Indian journal of veterinary science and animal husbandry - Volume 3,
Year: 1933
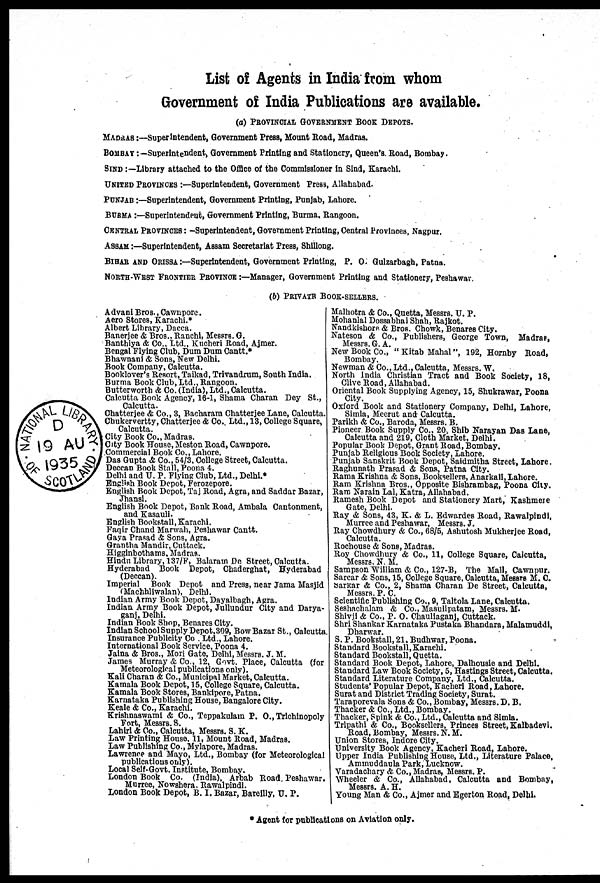
List of Agents in India from whom
Government of India Publications are available.
(a) PROVINCIAL GOVERNMENT BOOK DEPOTS.
MADRAS :—Superintendent, Government Press, Mount Road, Madras.
BOMBAY :—Superintendent, Government Printing and Stationery, Queen's. Road, Bombay.
SIND :—Library attached to the Office of the Commissioner In Sind, Karachi.
UNITED PROVINCES :—Superintendent, Government Press, Allahabad.
PUNJAB :—Superintendent, Government Printing, Punjab, Lahore.
BURMA :—Superintendent, Government Printing, Burma. Rangoon.
CENTRAL PROVINCES : -Superintendent, Government Printing, Central Provinces, Nagpur.
ASSAM :—Superintendent, Assam Secretariat Press, Shillong.
BIHAR AND ORISSA :—Superintendent, Government Printing, P. O. Gulzarbagh, Patna.
NORTH-WEST FRONTIER PROVINCE :—Manager, Government Printing and Stationery, Peshawar.
(b) PRIVATE BOOK-SELLERS.
Advani Bros., Cawnpore.
Aero Stores, Karachi.*
Albert Library, Dacca.
Banerjee & Bros., Ranchi, Messrs. G.
Banthiya & Co., Ltd., Kucheri Road, Ajmer.
Bengal Flying Club, Dum Dum Cantt.*
Bhawnani & Sons, New Delhi.
Book Company, Calcutta.
Booklover's Resort, Taikad, Trivandrum, South India.
Burma Book Club, Ltd., Rangoon.
Butterworth & Co. (India), Ltd., Calcutta.
Calcutta Book Agency, 16-1, Shama Charan Dey St.,
Calcutta.
Chatterjee & Co., 3, Bacharam Chatterjee Lane, Calcutta.
Chukervertty, Chatterjee & Co.. Ltd., 13, College Square,
Calcutta.
City Book Co., Madras.
City Book House, Meston Road, Cawnpore.
Commercial Book Co., Lahore.
Das Gupta & Co., 54/3, College Street, Calcutta.
Deccan Book Stall, Poona 4.
Delhi and U. P. Flying Club, Ltd., Delhi.*
English Book Depot, Ferozepore.
English Book Depot, Taj Road, Agra, and Saddar Bazar,
Jhansi.
English Book Depot, Bank Road, Ambala Cantonment,
and Kasauli.
English Bookstall, Karachi.
Faqir Chand Marwah, Peshawar Cantt.
Gaya Prasad & Sons, Agra.
Grantha Mandir, Cuttack.
Higginbothams, Madras.
Hindu Library, 137/F, Balararn Do Street, Calcutta.
Hyderabad Book Depot, Chaderghat, Hyderabad
(Deccan).
Imperial Book Depot and Press, near Jama Masjid
(Machhliwalan), Delhi.
Indian Army Book Depot, Dayalbagh, Agra.
Indian Army Book Depot, Jullundur City and Darya¬
ganj, Delhi.
Indian Book Shop, Benares City.
Indian School Supply Depot,309, Bow Bazar St., Calcutta.
Insurance Publicity Co . Ltd., Lahore.
International Book Service, Poona 4.
Jaina & Bros., Mori Gate, Delhi, Messrs. J. M.
James Murray & Co., 12, Govt. Place, Calcutta (for
Meteorological publications only).
Kali Charan & Co., Municipal Market, Calcutta.
Kamala Book Depot, 15, College Square, Calcutta.
Kamala Book Stores, Bankipore, Patna.
Karnataka Publishing House, Bangalore City.
Keale & Co., Karachi.
Krishnaswami & Co., Teppakulam P. O., Trichinopoly
Fort, Messrs. S.
Lahiri & Co., Calcutta, Messrs. S. K.
Law Printing House, 11, Mount Road, Madras.
Law Publishing Co., Mylapore, Madras.
Lawrence and Mayo, Ltd., Bombay (for Meteorological
publications only).
Local Self-Govt. Institute, Bombay.
London Book Co. (India), Arbab Road, Peshawar,
Murree, Nowshera, Rawalpindi.
London Book Depot, B. I. Bazar, Bareilly, U. P.
Malhotra & Co., Quetta, Messrs. U. P.
Mohanlal Dossabhai Shah, Rajkot.
Nandkishore & Bros. Chowk, Benares City.
Nateson & Co., Publishers, George Town, Madras,
Messrs. G. A.
New Book Co., " Kitab Mahal", 192, Hornby Road,
Bombay.
Newman & Co., Ltd., Calcutta, Messrs. W.
North India Christian Tract and Book Society, 18,
Clive Road, Allahabad.
Oriental Book Supplying Agency, 15, Shukrawar, Poona
City.
Oxford Book and Stationery Company, Delhi, Lahore,
Simla, Meerut and Calcutta.
Parikh & Co., Baroda, Messrs. B.
Pioneer Book Supply Co., 20, Shib Narayan Das Lane,
Calcutta and 219, Cloth Market, Delhi.
Popular Book Depot, Grant Road, Bombay.
Punjab Religious Book Society, Lahore.
Punjab Sanskrit Book Depot, Saidmitha Street, Lahore.
Raghunath Prasad & Sons, Patna City.
Rama Krishna & Sons, Booksellers, Anarkali, Lahore.
Ram Krishna Bros., Opposite Bisbrambag, Poona City.
Ram Narain Lal, Katra, Allahabad.
Ramesh Book Depot and Stationery Mart, Kashmere
Gate, Delhi.
Ray & Sons, 43, K. & L. Edwardes Road, Rawalpindi,
Murree and Peshawar, Messrs. J.
Ray Chowdhury & Co., 68/5, Ashutosh Mukherjee Road,
Calcutta.
Rochouse & Sons, Madras.
Roy Chowdhury & Co., 11, College Square, Calcutta,
Messrs. N. M.
Sampson William & Co., 127-B, The Mall, Cawnpur.
Sarcar & Sons, 15, College Square, Calcutta, Messrs M. O.
sarkar & Co., 2, Shama Charan De Street, Calcutta,
Scientific Publishing Co., 9, Taltola Lane, Calcutta.
Seshachalam & Co., Masulipatam, Messrs. M.
Shivji & Co., P. O. Chauliaganj, Cuttack.
Shri Shankar Karnataka Pustaka Bhandara, Malamuddi,
Dharwar.
S. P. Bookstall, 21, Budhwar, Poona.
Standard Bookstall,Karachi.
Standard Bookstall, Quetta.
Standard Book Depot, Lahore, Dalhousie and Delhi.
Standard Law Book Society, 5, Hastings Street, Calcutta.
Standard Literature Company, Ltd., Calcutta.
Students' Popular Depot, Kacheri Road, Lahore.
Surat and District Trading Society, Surat.
Taraporevala Sons & Co., Bombay, Messrs. D. B.
Thacker & Co., Ltd., Bombay.
Thacker, Spink & Co., Ltd., Calcutta and Simla.
Tripathi & Co., Booksellers, Princes Street, Kalbadevi.
Road, Bombay, Messrs. N. M.
Union Stores, Indore City.
University Book Agency, Kacheri Road, Lahore.
Upper India Publishing House, Ltd., Literature Palace,
Ammuddaula Park, Lucknow.
Varadachary & Co., Madras, Messrs. P.
Wheeler & Co., Allahabad, Calcutta and Bombay,
Messrs.
A.H.
Young Man & Co., Ajmer and Egerton Road, Delhi.
* Agent for publications on Aviation only.